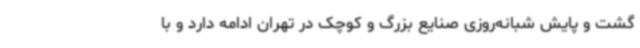
گشت و پایش شبانه‌روزی صنایع بزرگ و کوچک در تهران ادامه دارد و با